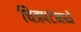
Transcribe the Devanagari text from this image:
चित्रपटंमध्ये